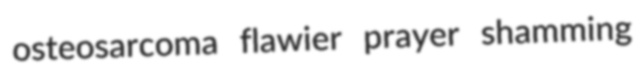
osteosarcoma flawier prayer shamming